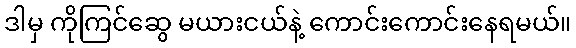
ဒါမှ ကိုကြင်ဆွေ မယားငယ်နဲ့ ကောင်းကောင်းနေရမယ်။